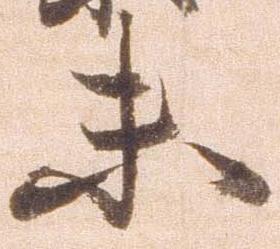
未